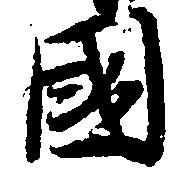
国